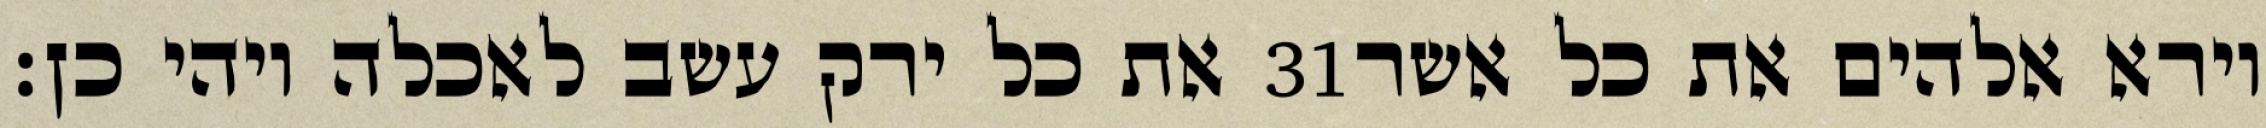
את כל ירק עשב לאכלה ויהי כן׃ ‎31‏ וירא אלהים את כל אשר